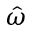
\hat { \omega }